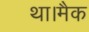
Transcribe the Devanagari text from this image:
था।मैक